Report on the working of the Ranchi Indian Mental Hospital, Kanke, in Bihar and Orissa - 1930-1940
Year: 1930
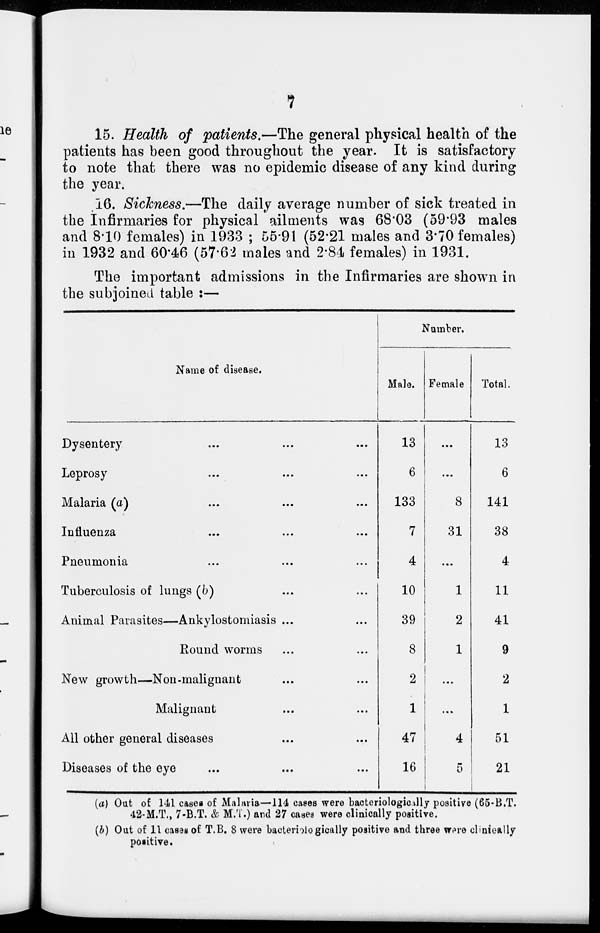
7
15. Health of patients.—The general physical health of the
patients has been good throughout the year. It is satisfactory
to note that there was no epidemic disease of any kind during
the year.
16. Sickness.—The daily average number of sick treated in
the Infirmaries for physical ailments was 68.03 (59.93 males
and 8.10 females) in 1933 ; 55.91 (52.21 males and 3.70 females)
in 1932 and 60.46 (57.62 males and 2.84 females) in 1931.
The important admissions in the Infirmaries are shown in
the subjoined table :—
Name of disease.
Dysentery ... ... ...
Leprosy ... ... ...
Malaria (a) ... ... ...
Influenza ... ... ...
Pneumonia ... ... ...
Tuberculosis of lungs (b) ... ...
Animal Parasites—Ankylostomiasis ... ...
Round worms ... ...
New growth—Non-malignant ... ...
Malignant ... ...
All other general diseases ... ...
Diseases of the eye ... ... ...
Number.
Male.
13
6
133
7
4
10
39
8
2
1
47
16
Female
...
...
8
31
...
1
2
1
...
...
4
5
Total.
13
6
141
38
4
11
41
9
2
1
51
21
(a) Out of 141 cases of Malaria—114 cases were bacteriologically positive (65-B.T.
42-M.T., 7-B.T. & M.T.) and 27 cases were clinically positive.
(b) Out of 11 cases of T.B. 8 were bacterbiogically positive and three were clinieally
positive.